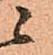
ニ